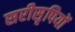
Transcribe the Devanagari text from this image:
सरीसृपियों